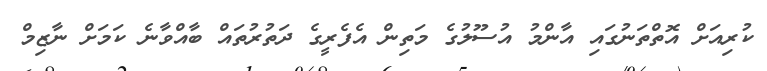
ކުރިއަށް އޮތްތަނުގައި އާންމު އުސޫލުގެ މަތިން އެފެރީގެ ދަތުރުތައް ބާއްވާނެ ކަމަށް ނާޒިމް